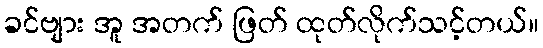
ခင်ဗျား အူ အတက် ဖြတ် ထုတ်လိုက်သင့်တယ်။